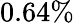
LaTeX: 0.64\%